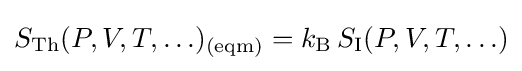
S_{\text{Th}}(P,V,T,\ldots )_{\text{(eqm)}}=k_{\text{B}}\,S_{\text{I}}(P,V,T,\ldots )